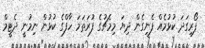
ފޯރިގަދަ ކުޅުމެއް ފެނިގެން ދިޔަ މިމެޗުގެ ފުރަތަމަ ހާފްގެ ކުޅުން ނިމުނީ ދެޓީމް